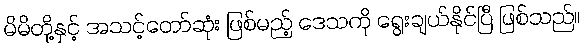
မိမိတို့နှင့် အသင့်တော်ဆုံး ဖြစ်မည့် ဒေသကို ရွေးချယ်နိုင်ပြီ ဖြစ်သည်။